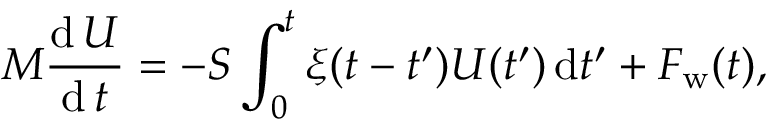
M \frac { \mathrm { d } \, U } { \mathrm { d } \, t } = - S \int _ { 0 } ^ { t } \xi ( t - t ^ { \prime } ) U ( t ^ { \prime } ) \, \mathrm { d } t ^ { \prime } + F _ { \mathrm { w } } ( t ) ,